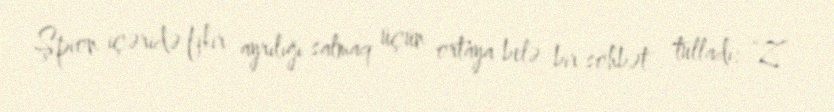
Şpion içəridə fikir ayrılığı salmaq üçün ortaya belə bir söhbət tulladı: “Z”